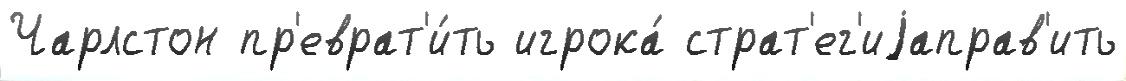
Чарлстон пр'еврат'и́ть игрока́ страт'ег'иjаправ'ить